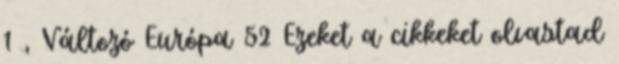
1 , Változó Európa 52 Ezeket a cikkeket olvastad